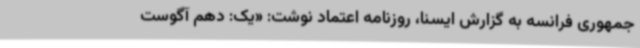
جمهوری فرانسه به گزارش ایسنا، روزنامه اعتماد نوشت: «یک: دهم آگوست